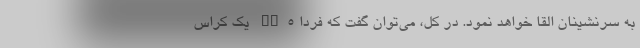
به سرنشینان القا خواهد نمود. در کل، می‌توان گفت که فردا SX5 یک کراس